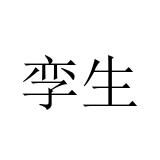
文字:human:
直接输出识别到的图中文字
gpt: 孪生